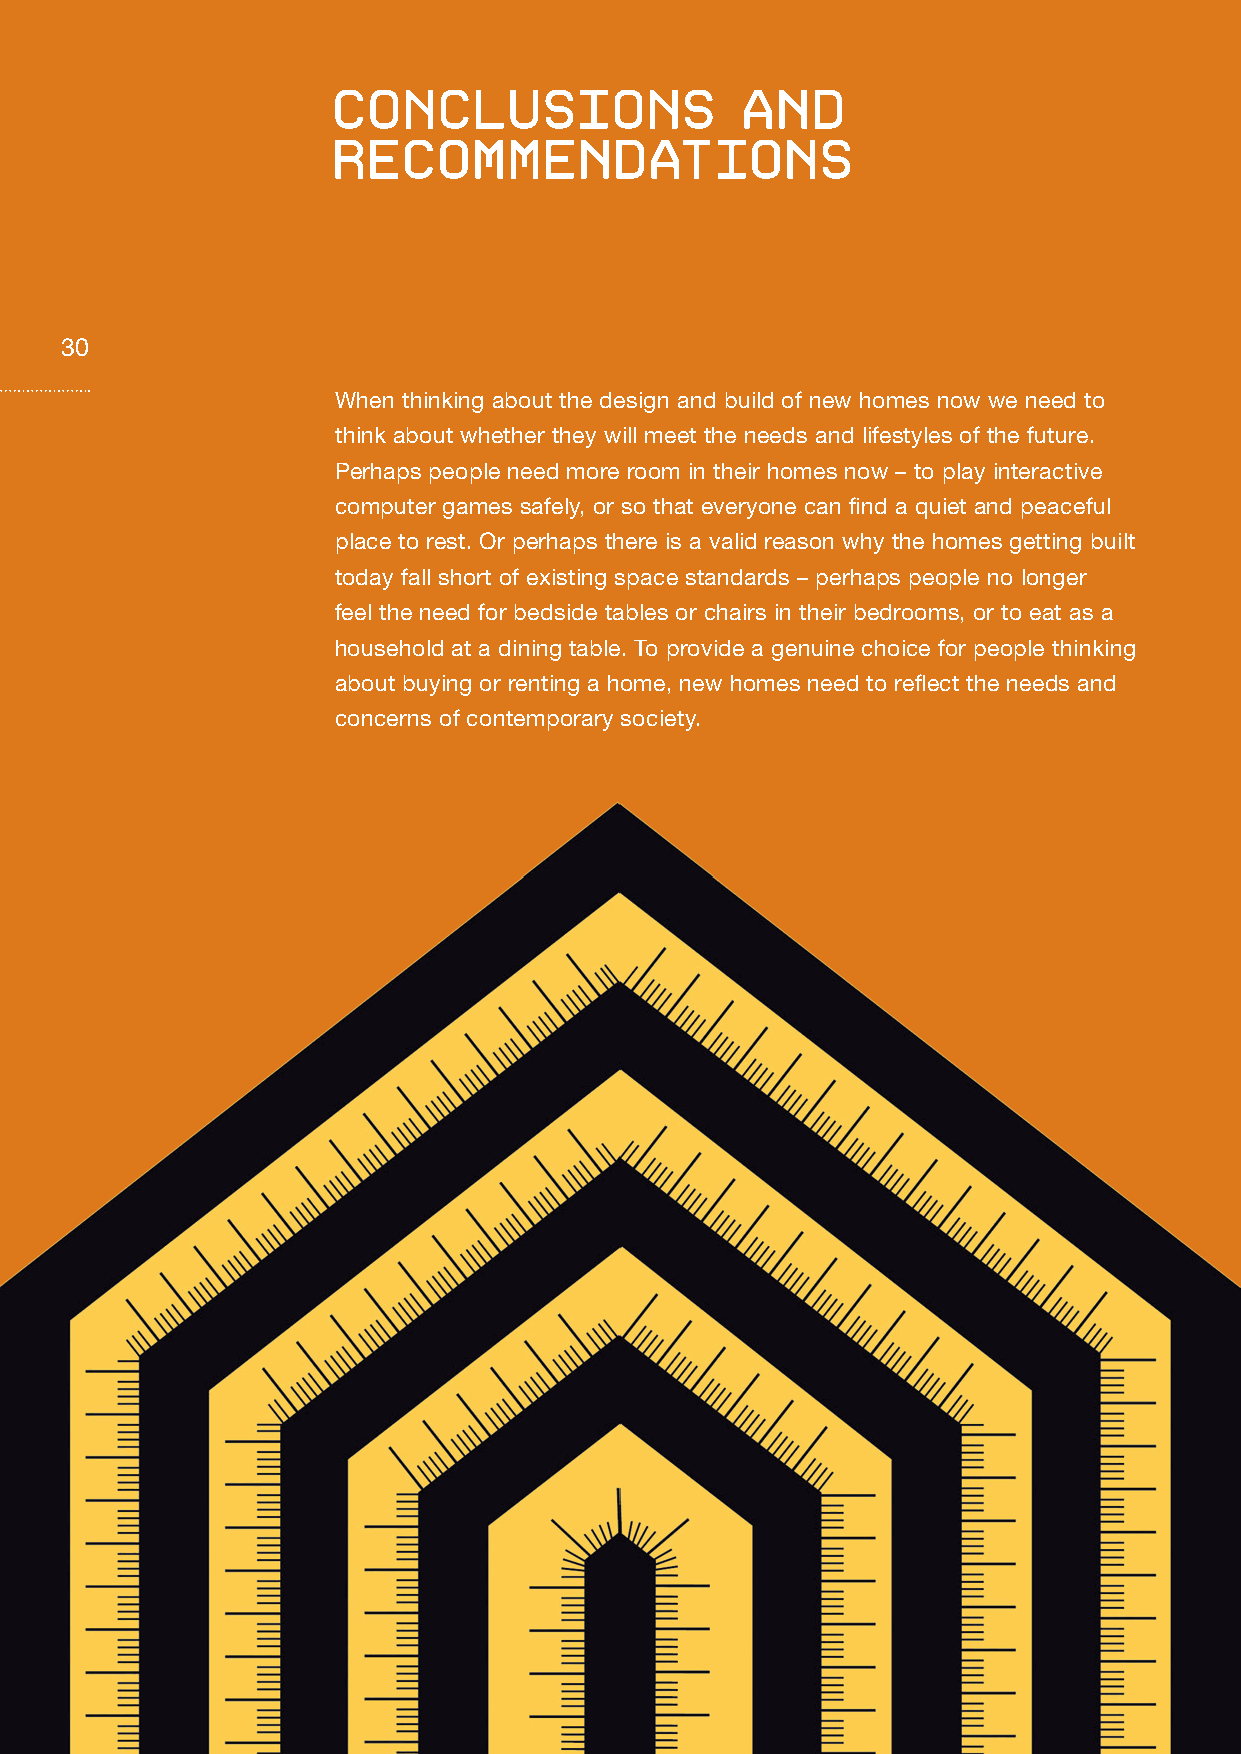
conclusions                and
 recommendations
 30
 When thinking about the design and build of new homes now we need to
 think about whether they will meet the needs and lifestyles of the future.
 Perhaps people need more room in their homes now – to play interactive
 computer games safely, or so that everyone can find a quiet and peaceful
 place to rest. Or perhaps there is a valid reason why the homes getting built
 today fall short of existing space standards – perhaps people no longer
 feel the need for bedside tables or chairs in their bedrooms, or to eat as a
 household at a dining table. To provide a genuine choice for people thinking
 about buying or renting a home, new homes need to reflect the needs and
 concerns of contemporary society.